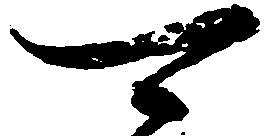
可